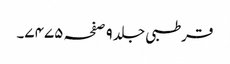
قرطبی جلد ٩ صفحہ ٧٤٧٥۔